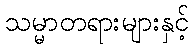
သမ္မာတရားများနှင့်